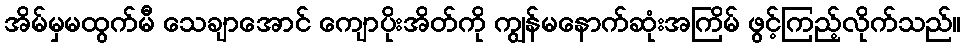
အိမ်မှမထွက်မီ သေချာအောင် ကျောပိုးအိတ်ကို ကျွန်မနောက်ဆုံးအကြိမ် ဖွင့်ကြည့်လိုက်သည်။